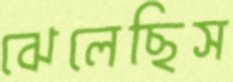
ঝেলেছিস